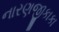
નારણજીકાકા